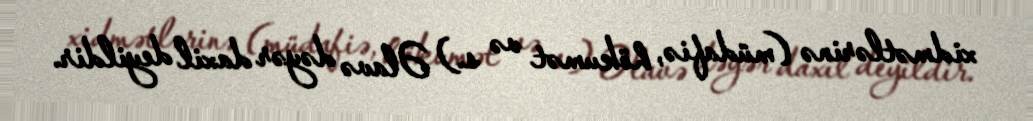
xidmətlərinə (müdafiə, hökumət və s.) Əlavə dəyər daxil deyildir.